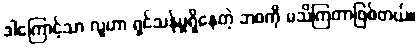
ဒါကြောင့်သာ လူဟာ ရှင်သန်မှုရှိနေတဲ့ ဘဝကို မသိကြတာဖြစ်တယ်။